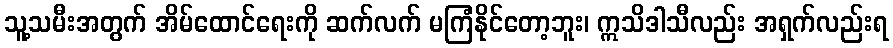
သူ့သမီးအတွက် အိမ်ထောင်ရေးကို ဆက်လက် မကြံနိုင်တော့ဘူး၊ ဣသိဒါသီလည်း အရှက်လည်းရ